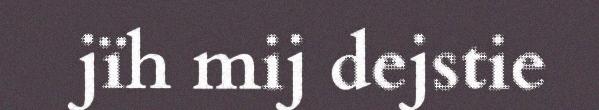
jïh mij dejstie